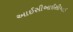
આઈસીઆઈસીઆઈ